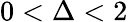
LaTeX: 0<\Delta<2